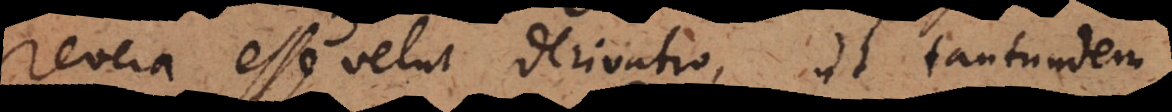
revera esse velut derivatio, ut tantundem,